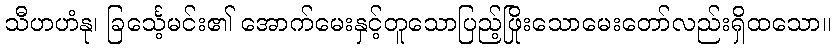
သီဟဟံနု၊ ခြင်္သေ့မင်း၏ အောက်မေးနှင့်တူသောပြည့်ဖြိုးသောမေးတော်လည်းရှိထသော။